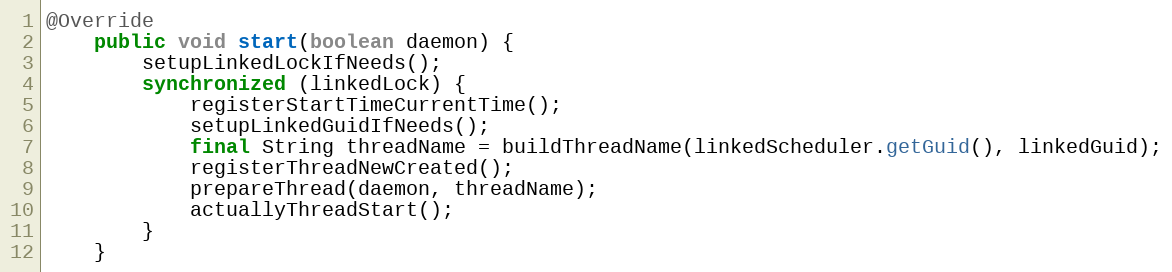
Language: Java
@Override
    public void start(boolean daemon) {
        setupLinkedLockIfNeeds();
        synchronized (linkedLock) {
            registerStartTimeCurrentTime();
            setupLinkedGuidIfNeeds();
            final String threadName = buildThreadName(linkedScheduler.getGuid(), linkedGuid);
            registerThreadNewCreated();
            prepareThread(daemon, threadName);
            actuallyThreadStart();
        }
    }